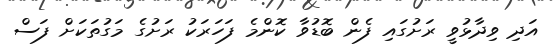
އަދި ވިދާޅުވީ ރަށުގައި ފެން ބޮޑުވާ ކޮންމެ ފަހަރަކު ރަށުގެ މަގުތަކަށް ފަސް